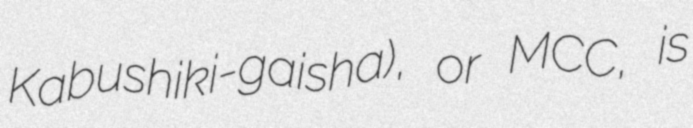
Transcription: Kabushiki-gaisha), or MCC, is